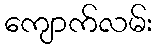
ကျောက်လမ်း